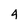
Character: 4